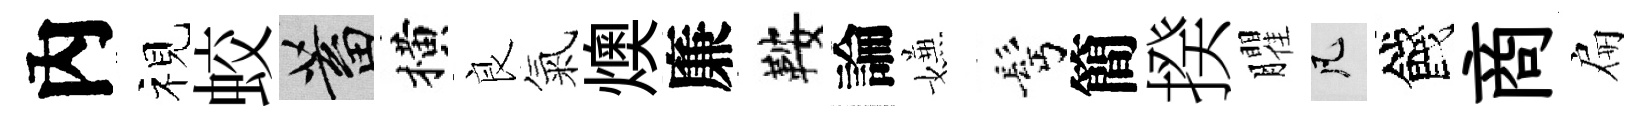
內视蛟蓄横良氣燠廉鞍論嫌髩簡揆臞凡餞商扁